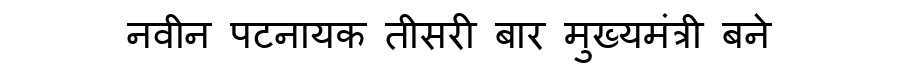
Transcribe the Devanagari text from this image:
नवीन पटनायक तीसरी बार मुख्यमंत्री बने